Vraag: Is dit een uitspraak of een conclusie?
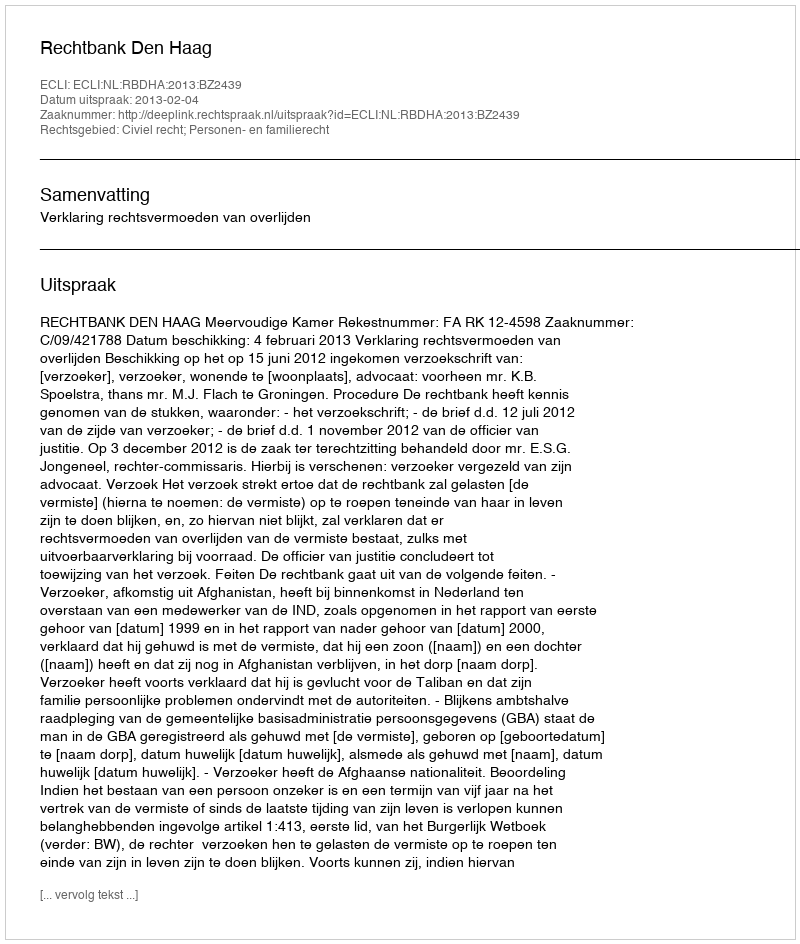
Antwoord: Uitspraak